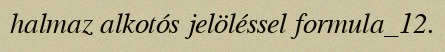
halmaz alkotós jelöléssel formula_12.